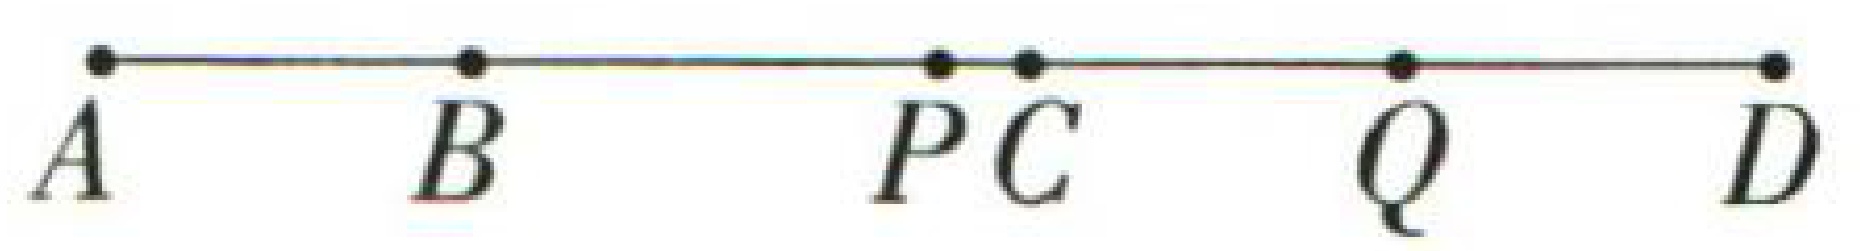
\(A\longrightarrow B\longrightarrow P\ C\longrightarrow Q\longrightarrow D\)